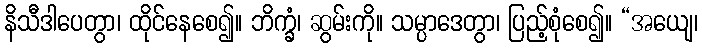
နိသီဒါပေတွာ၊ ထိုင်နေစေ၍။ ဘိက္ခံ၊ ဆွမ်းကို။ သမ္ပာဒေတွာ၊ ပြည့်စုံစေ၍။ “အယျေ၊